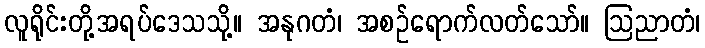
လူရိုင်းတို့အရပ်ဒေသသို့။ အနုဂတံ၊ အစဉ်ရောက်လတ်သော်။ ဩညာတံ၊